Indian journal of veterinary science and animal husbandry - Volumes 22-23, 1952-1953
Year: 1952
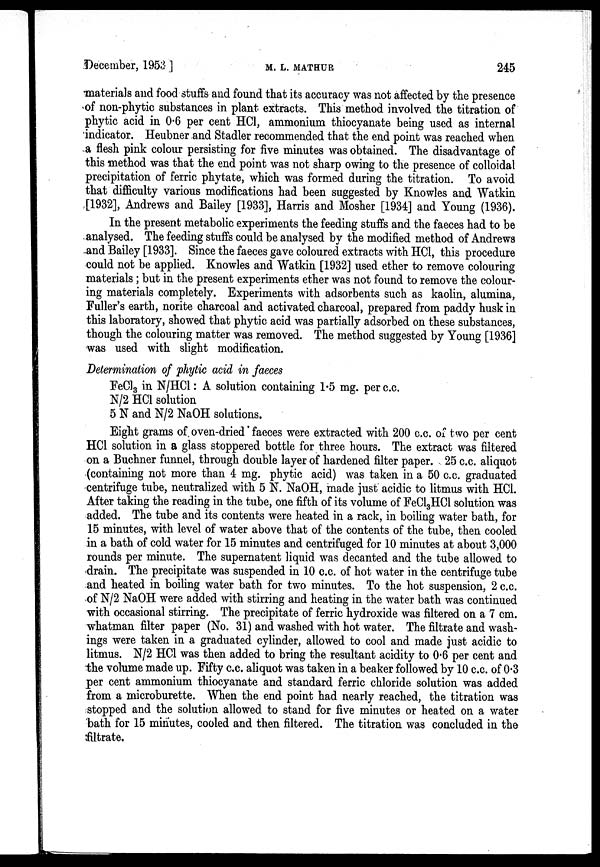
December, 1953 ]
M.
L.
MATHUR
245
materials and food stuffs and found that its accuracy was not affected by the presence
of non-phytic substances in plant extracts. This method involved the titration of
phytic acid in 0.6 per cent HCl, ammonium thiocyanate being used as internal
indicator. Heubner and Stadler recommended that the end point was reached when
a flesh pink colour persisting for five minutes was obtained. The disadvantage of
this method was that the end point was not sharp owing to the presence of colloidal
precipitation of ferric phytate, which was formed during the titration. To avoid
that difficulty various modifications had been suggested by Knowles and Watkin
[1932], Andrews and Bailey [1933], Harris and Mosher [1934] and Young (1936).
In the present metabolic experiments the feeding stuffs and the faeces had to be
analysed. The feeding stuffs could be analysed by the modified method of Andrews
and Bailey [1933]. Since the faeces gave coloured extracts with HCl, this procedure
could not be applied. Knowles and Watkin [1932] used ether to remove colouring
materials ; but in the present experiments ether was not found to remove the colour-
ing materials completely. Experiments with adsorbents such as kaolin, alumina,
Fuller's earth, norite charcoal and activated charcoal, prepared from paddy husk in
this laboratory, showed that phytic acid was partially adsorbed on these substances,
though the colouring matter was removed. The method suggested by Young [1936]
was used with slight modification.
Determination of phytic acid in faeces
FeCl 3 in N/HCl : A solution containing 1.5 mg. per c.c.
N/2 HCl solution
5 N and N/2 NaOH solutions.
Eight grams of oven-dried faeces were extracted with 200 c.c. of two per cent
HCl solution in a glass stoppered bottle for three hours. The extract was filtered
on a Buchner funnel, through double layer of hardened filter paper. 25 c.c. aliquot
(containing not more than 4 mg. phytic acid) was taken in a 50 c.c. graduated
centrifuge tube, neutralized with 5 N. NaOH, made just acidic to litmus with HCl.
After taking the reading in the tube, one fifth of its volume of FeCl 3 HCl solution was
added. The tube and its contents were heated in a rack, in boiling water bath, for
15 minutes, with level of water above that of the contents of the tube, then cooled
in a bath of cold water for 15 minutes and centrifuged for 10 minutes at about 3,000
rounds per minute. The supernatent liquid was decanted and the tube allowed to
drain. The precipitate was suspended in 10 c.c. of hot water in the centrifuge tube
and heated in boiling water bath for two minutes. To the hot suspension, 2 c.c.
of N/2 NaOH were added with stirring and heating in the water bath was continued
with occasional stirring. The precipitate of ferric hydroxide was filtered on a 7 cm.
whatman filter paper (No. 31) and washed with hot water. The filtrate and wash-
ings were taken in a graduated cylinder, allowed to cool and made just acidic to
litmus. N/2 HCl was then added to bring the resultant acidity to 0.6 per cent and
the volume made up. Fifty c.c. aliquot was taken in a beaker followed by 10 c.c. of 0.3
per cent ammonium thiocyanate and standard ferric chloride solution was added
from a microburette. When the end point had nearly reached, the titration was
stopped and the solution allowed to stand for five minutes or heated on a water
bath for 15 minutes, cooled and then filtered. The titration was concluded in the
filtrate.